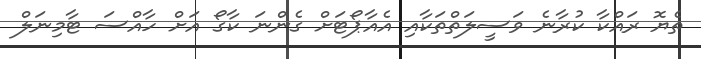
ތެޔޮ ރައްކާ ކުރާނެ ވަސީލަތްތަކާއި އެއާޕޯޓަށް ގެންނަ ކާގޯ އަށް ހާއްސަ ޓާމިނަލް